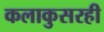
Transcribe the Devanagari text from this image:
कलाकुसरही